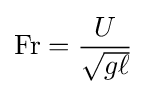
\mathrm {Fr} ={\frac {U}{\sqrt {g\ell }}}